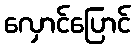
လှောင်ပြောင်